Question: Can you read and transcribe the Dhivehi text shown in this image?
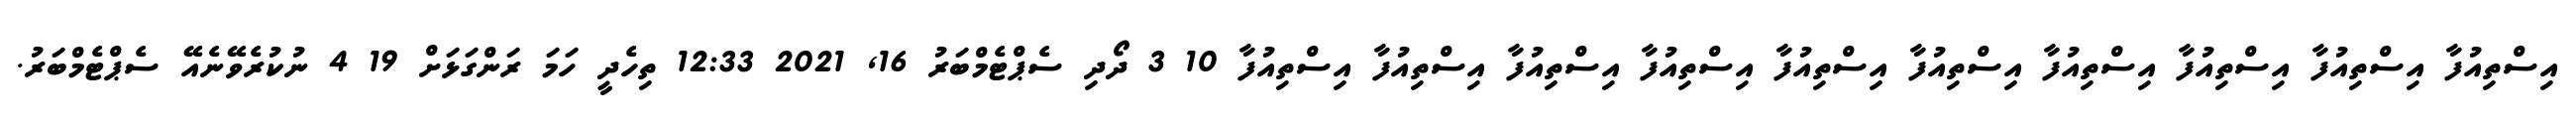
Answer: އިސްތިއުފާ އިސްތިއުފާ އިސްތިއުފާ އިސްތިއުފާ އިސްތިއުފާ އިސްތިއުފާ އިސްތިއުފާ އިސްތިއުފާ އިސްތިއުފާ އިސްތިއުފާ 10 3 ދޯދި ސެޕްޓެމްބަރު 16, 2021 12:33 ތިހެދީ ހަމަ ރަންގަޅަށް 19 4 ނުކުރެވޭނެއޭ ސެޕްޓެމްބަރު.